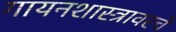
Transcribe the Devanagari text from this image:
गायनशास्त्रावरचे